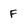
Character: F